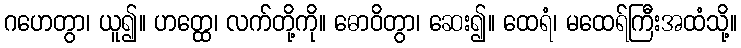
ဂဟေတွာ၊ ယူ၍။ ဟတ္ထေ၊ လက်တို့ကို။ ဓောဝိတွာ၊ ဆေး၍။ ထေရံ၊ မထေရ်ကြီးအထံသို့။